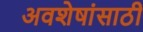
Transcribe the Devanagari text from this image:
अवशेषांसाठी